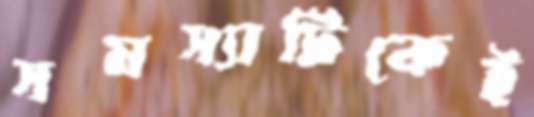
সমস্যাটিকেই